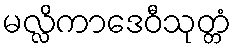
မလ္လိကာဒေဝီသုတ္တံ